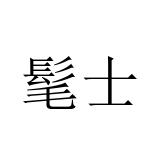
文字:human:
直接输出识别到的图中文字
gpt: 髦士